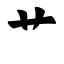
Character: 艹